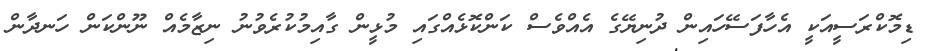
ޑިމޮކްރަސީއަކީ އެހާފަސޭހައިން ދުނިޔޭގެ އެއްވެސް ކަންކޮޅެއްގައި މުޅީން ގާއިމުކުރެވުނު ނިޒާމެއް ނޫންކަން ހަނދާން